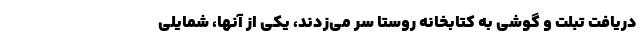
دریافت تبلت و گوشی به کتابخانه روستا سر می‌زدند، یکی از آنها، شمایلی